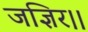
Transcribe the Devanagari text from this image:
जज्ञिर।।